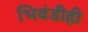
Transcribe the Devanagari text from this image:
भिवंडीही